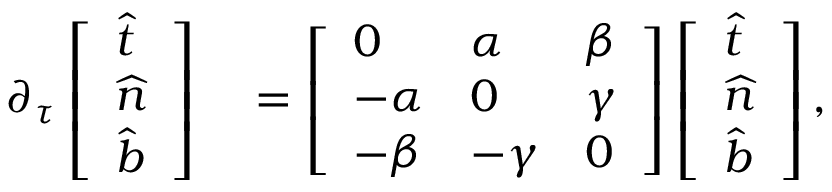
\begin{array} { r l } { \partial _ { \tau } \left[ \begin{array} { l } { \widehat { t } } \\ { \widehat { n } } \\ { \widehat { b } } \end{array} \right] } & { { } = \left[ \begin{array} { l l l } { 0 } & { \alpha } & { \beta } \\ { - \alpha } & { 0 } & { \gamma } \\ { - \beta } & { - \gamma } & { 0 } \end{array} \right] \left[ \begin{array} { l } { \widehat { t } } \\ { \widehat { n } } \\ { \widehat { b } } \end{array} \right] , } \end{array}